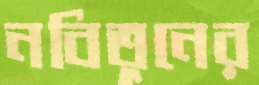
নবিতুনের